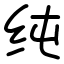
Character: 纯